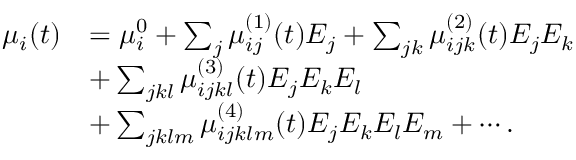
\begin{array} { r l } { \mu _ { i } ( t ) } & { = \mu _ { i } ^ { 0 } + \sum _ { j } \mu _ { i j } ^ { ( 1 ) } ( t ) E _ { j } + \sum _ { j k } \mu _ { i j k } ^ { ( 2 ) } ( t ) E _ { j } E _ { k } } \\ & { + \sum _ { j k l } \mu _ { i j k l } ^ { ( 3 ) } ( t ) E _ { j } E _ { k } E _ { l } } \\ & { + \sum _ { j k l m } \mu _ { i j k l m } ^ { ( 4 ) } ( t ) E _ { j } E _ { k } E _ { l } E _ { m } + \cdots . } \end{array}